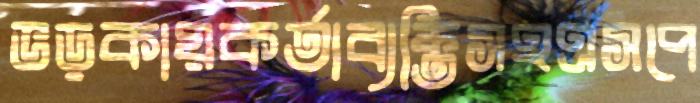
ভড়কায়কর্তাব্যক্তিসহএসপে